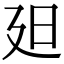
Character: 𣅄